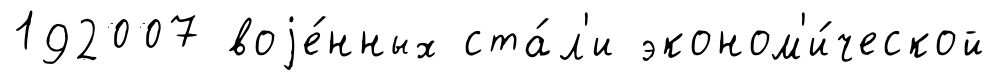
192007 воjе́нных ста́л'и эконом'и́ческой